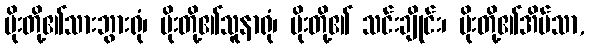
ပိုးတို့၏သားဘွားရုံ၊ ပိုးတို့၏သူနာရုံ၊ ပိုးတို့၏ သင်းချိုင်း၊ ပိုးတို့၏အိမ်သာ,